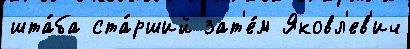
шта́ба ста́рший зат'е́м Яковл'ев'ич